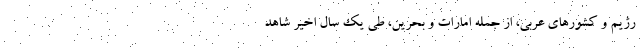
رژیم و کشورهای عربی، از جمله امارات و بحرین، طی یک سال اخیر شاهد